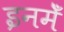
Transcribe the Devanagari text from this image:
इनमेँ